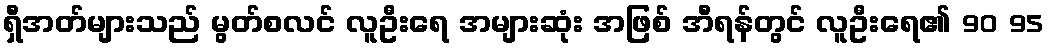
ရှီအတ်များသည် မွတ်စလင် လူဦးရေ အများဆုံး အဖြစ် အီရန်တွင် လူဦးရေ၏ 90 95